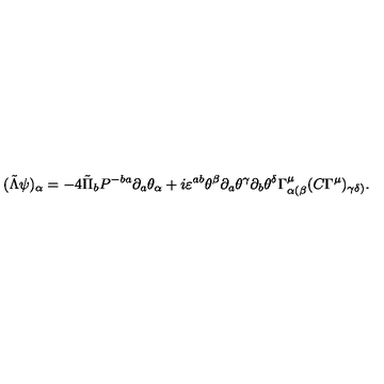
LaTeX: ( \tilde { \Lambda } \psi ) _ { \alpha } = - 4 \tilde { \Pi } _ { b } P ^ { - b a } \partial _ { a } \theta _ { \alpha } + i \varepsilon ^ { a b } \theta ^ { \beta } \partial _ { a } \theta ^ { \gamma } \partial _ { b } \theta ^ { \delta } \Gamma _ { \alpha ( \beta } ^ { \mu } ( C \Gamma ^ { \mu } ) _ { \gamma \delta ) } .